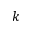
k